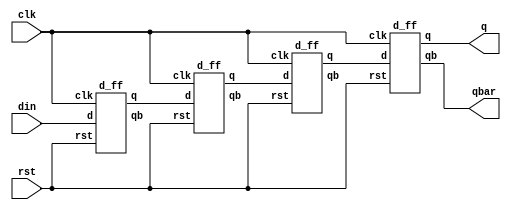
`timescale 1ns / 1ps

module siso(
	 output q,qbar,
    input din,clk,rst
    );
	 
	 wire q1,q2,q3,qbar1,qbar2,qbar3;
	 
    d_ff d1(q1,qbar1,din,clk,rst),
         d2(q2,qbar2,q1,clk,rst),
         d3(q3,qbar3,q2,clk,rst),
         d4(q,qbar,q3,clk,rst);

endmodule


module d_ff(
    output reg q,qb,
    input d,clk,rst
    );

    always @(posedge clk )
        if (rst)
        begin
            q <= 0;
            qb <= 1;
        end
        else
        begin
            q <= d;
            qb <= ~d;
        end

endmodule